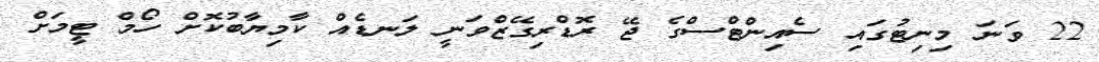
22 ވަނަ މިނިޓުގައި ސެއިންޓްސްގެ ޖޭ ރޮޑްރިގޭޒްވަނީ ލަނޑެއް ކާމިޔާބުކޮށް ހޯމް ޓީމަށް